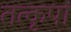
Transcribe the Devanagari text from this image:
तत्कृपां